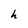
Character: h